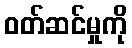
ဝတ်ဆင်မှုကို